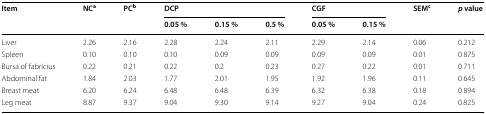
<table><thead><tr><td rowspan="2"><b>Item</b></td><td rowspan="2"><b>NC<sup>a</sup></b></td><td rowspan="2"><b>PC<sup>b</sup></b></td><td colspan="3"><b>DCP</b></td><td colspan="2"><b>CGF</b></td><td rowspan="2"><b>SEM<sup>c</sup></b></td><td rowspan="2"><b><i>p</i> value</b></td></tr><tr><td><b>0.05 %</b></td><td><b>0.15 %</b></td><td><b>0.5 %</b></td><td><b>0.05 %</b></td><td><b>0.15 %</b></td></tr></thead><tbody><tr><td>Liver</td><td>2.26</td><td>2.16</td><td>2.28</td><td>2.24</td><td>2.11</td><td>2.29</td><td>2.14</td><td>0.06</td><td>0.212</td></tr><tr><td>Spleen</td><td>0.10</td><td>0.10</td><td>0.10</td><td>0.09</td><td>0.09</td><td>0.09</td><td>0.09</td><td>0.01</td><td>0.875</td></tr><tr><td>Bursa of fabricius</td><td>0.22</td><td>0.21</td><td>0.22</td><td>0.2</td><td>0.23</td><td>0.27</td><td>0.22</td><td>0.01</td><td>0.711</td></tr><tr><td>Abdominal fat</td><td>1.84</td><td>2.03</td><td>1.77</td><td>2.01</td><td>1.95</td><td>1.92</td><td>1.96</td><td>0.11</td><td>0.645</td></tr><tr><td>Breast meat</td><td>6.20</td><td>6.24</td><td>6.48</td><td>6.48</td><td>6.39</td><td>6.32</td><td>6.38</td><td>0.18</td><td>0.894</td></tr><tr><td>Leg meat</td><td>8.87</td><td>9.37</td><td>9.04</td><td>9.30</td><td>9.14</td><td>9.27</td><td>9.04</td><td>0.24</td><td>0.825</td></tr></tbody></table>